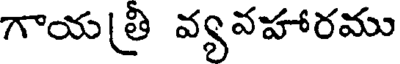
గాయత్రి వ్యవహారము